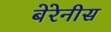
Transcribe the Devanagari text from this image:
बेरेनीस